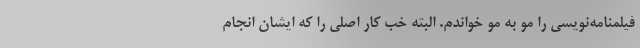
فیلمنامه‌نویسی را مو به مو خواندم. البته خب کار اصلی را که ایشان انجام